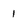
Character: 1